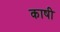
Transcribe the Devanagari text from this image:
काषी